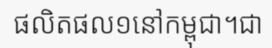
ផលិតផល១នៅកម្ពុជា។ជា